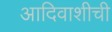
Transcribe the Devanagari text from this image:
आदिवाशीची